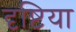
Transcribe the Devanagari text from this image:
दृष्टिया